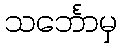
သင်္ဘောမှ